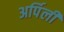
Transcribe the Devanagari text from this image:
अर्पिली